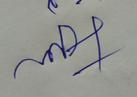
Signature authenticity: forged